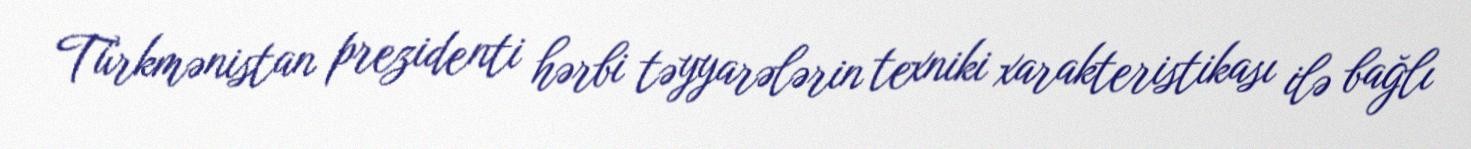
Türkmənistan prezidenti hərbi təyyarələrin texniki xarakteristikası ilə bağlı